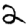
Digit: 2